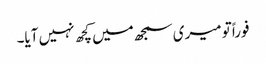
فوراً تو میری سمجھ میں کچھ نہیں آیا۔